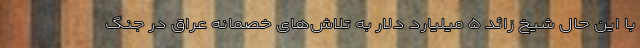
با این حال شیخ زائد ۵ میلیارد دلار به تلاش‌های خصمانه عراق در جنگ